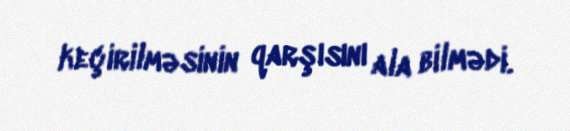
keçirilməsinin qarşısını ala bilmədi.